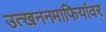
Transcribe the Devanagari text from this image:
उत्खननमाफियांवर